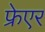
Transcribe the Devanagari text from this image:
फ्रेएर